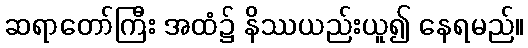
ဆရာတော်ကြီး အထံ၌ နိဿယည်းယူ၍ နေရမည်။